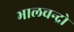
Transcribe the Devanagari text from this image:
भालचन्द्रो